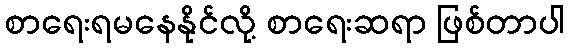
စာရေးရမနေနိုင်လို့ စာရေးဆရာ ဖြစ်တာပါ